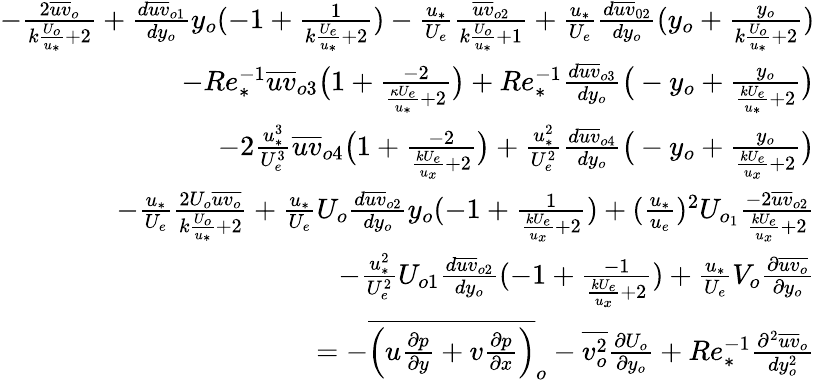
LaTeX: \begin{array}{r}{-\frac{2\overline{{uv}}_{o}}{k\frac{U_{o}}{u_{*}}+2}+\frac{d\overline{{uv}}_{o1}}{dy_{o}}y_{o}(-1+\frac{1}{{k\frac{U_{e}}{u_{*}}+2}})-\frac{u_{*}}{U_{e}}\frac{\overline{{uv}}_{o2}}{k\frac{U_{o}}{u_{*}}+1}+\frac{u_{*}}{U_{e}}\frac{d\overline{{uv}}_{02}}{dy_{o}}(y_{o}+\frac{y_{o}}{k\frac{U_{o}}{u_{*}}+2})}\\ {-Re_{*}^{-1}\overline{{uv}}_{o3}\big(1+\frac{-2}{\frac{\kappa U_{e}}{u_{*}}+2}\big)+Re_{*}^{-1}\frac{d\overline{{uv}}_{o3}}{dy_{o}}\big(-y_{o}+\frac{y_{o}}{\frac{kU_{e}}{u_{*}}+2}\big)}\\ {-2\frac{u_{*}^{3}}{U_{e}^{3}}\overline{{uv}}_{o4}\big(1+\frac{-2}{\frac{kU_{e}}{u_{x}}+2}\big)+\frac{u_{*}^{2}}{U_{e}^{2}}\frac{d\overline{{uv}}_{o4}}{dy_{o}}\big(-y_{o}+\frac{y_{o}}{\frac{kU_{e}}{u_{x}}+2}\big)}\\ {-\frac{u_{*}}{U_{e}}\frac{2U_{o}\overline{{uv_{o}}}}{k\frac{U_{o}}{u_{*}}+2}+\frac{u_{*}}{U_{e}}U_{o}\frac{d\overline{{uv}}_{o2}}{dy_{o}}y_{o}(-1+\frac{1}{\frac{kU_{e}}{u_{x}}+2})+(\frac{u_{*}}{u_{e}})^{2}U_{o_{1}}\frac{-2\overline{{uv}}_{o2}}{\frac{kU_{e}}{u_{x}}+2}}\\ {-\frac{u_{*}^{2}}{U_{e}^{2}}U_{o1}\frac{d\overline{{uv}}_{o2}}{dy_{o}}(-1+\frac{-1}{\frac{kU_{e}}{u_{x}}+2})+\frac{u_{*}}{U_{e}}V_{o}\frac{\partial\overline{{uv_{o}}}}{\partial y_{o}}}\\ {=-\overline{{\Big(u\frac{\partial p}{\partial y}+v\frac{\partial p}{\partial x}\Big)}}_{o}-\overline{{v_{o}^{2}}}\frac{\partial U_{o}}{\partial y_{o}}+Re_{*}^{-1}\frac{\partial^{2}\overline{{uv}}_{o}}{dy_{o}^{2}}}\end{array}